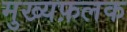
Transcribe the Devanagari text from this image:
मुख्यफ़लक